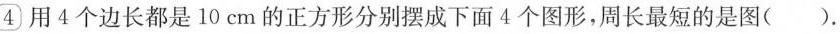
4用4个边长都是10cm的正方形分别摆成下面4个图形，周长最短的是图（）.